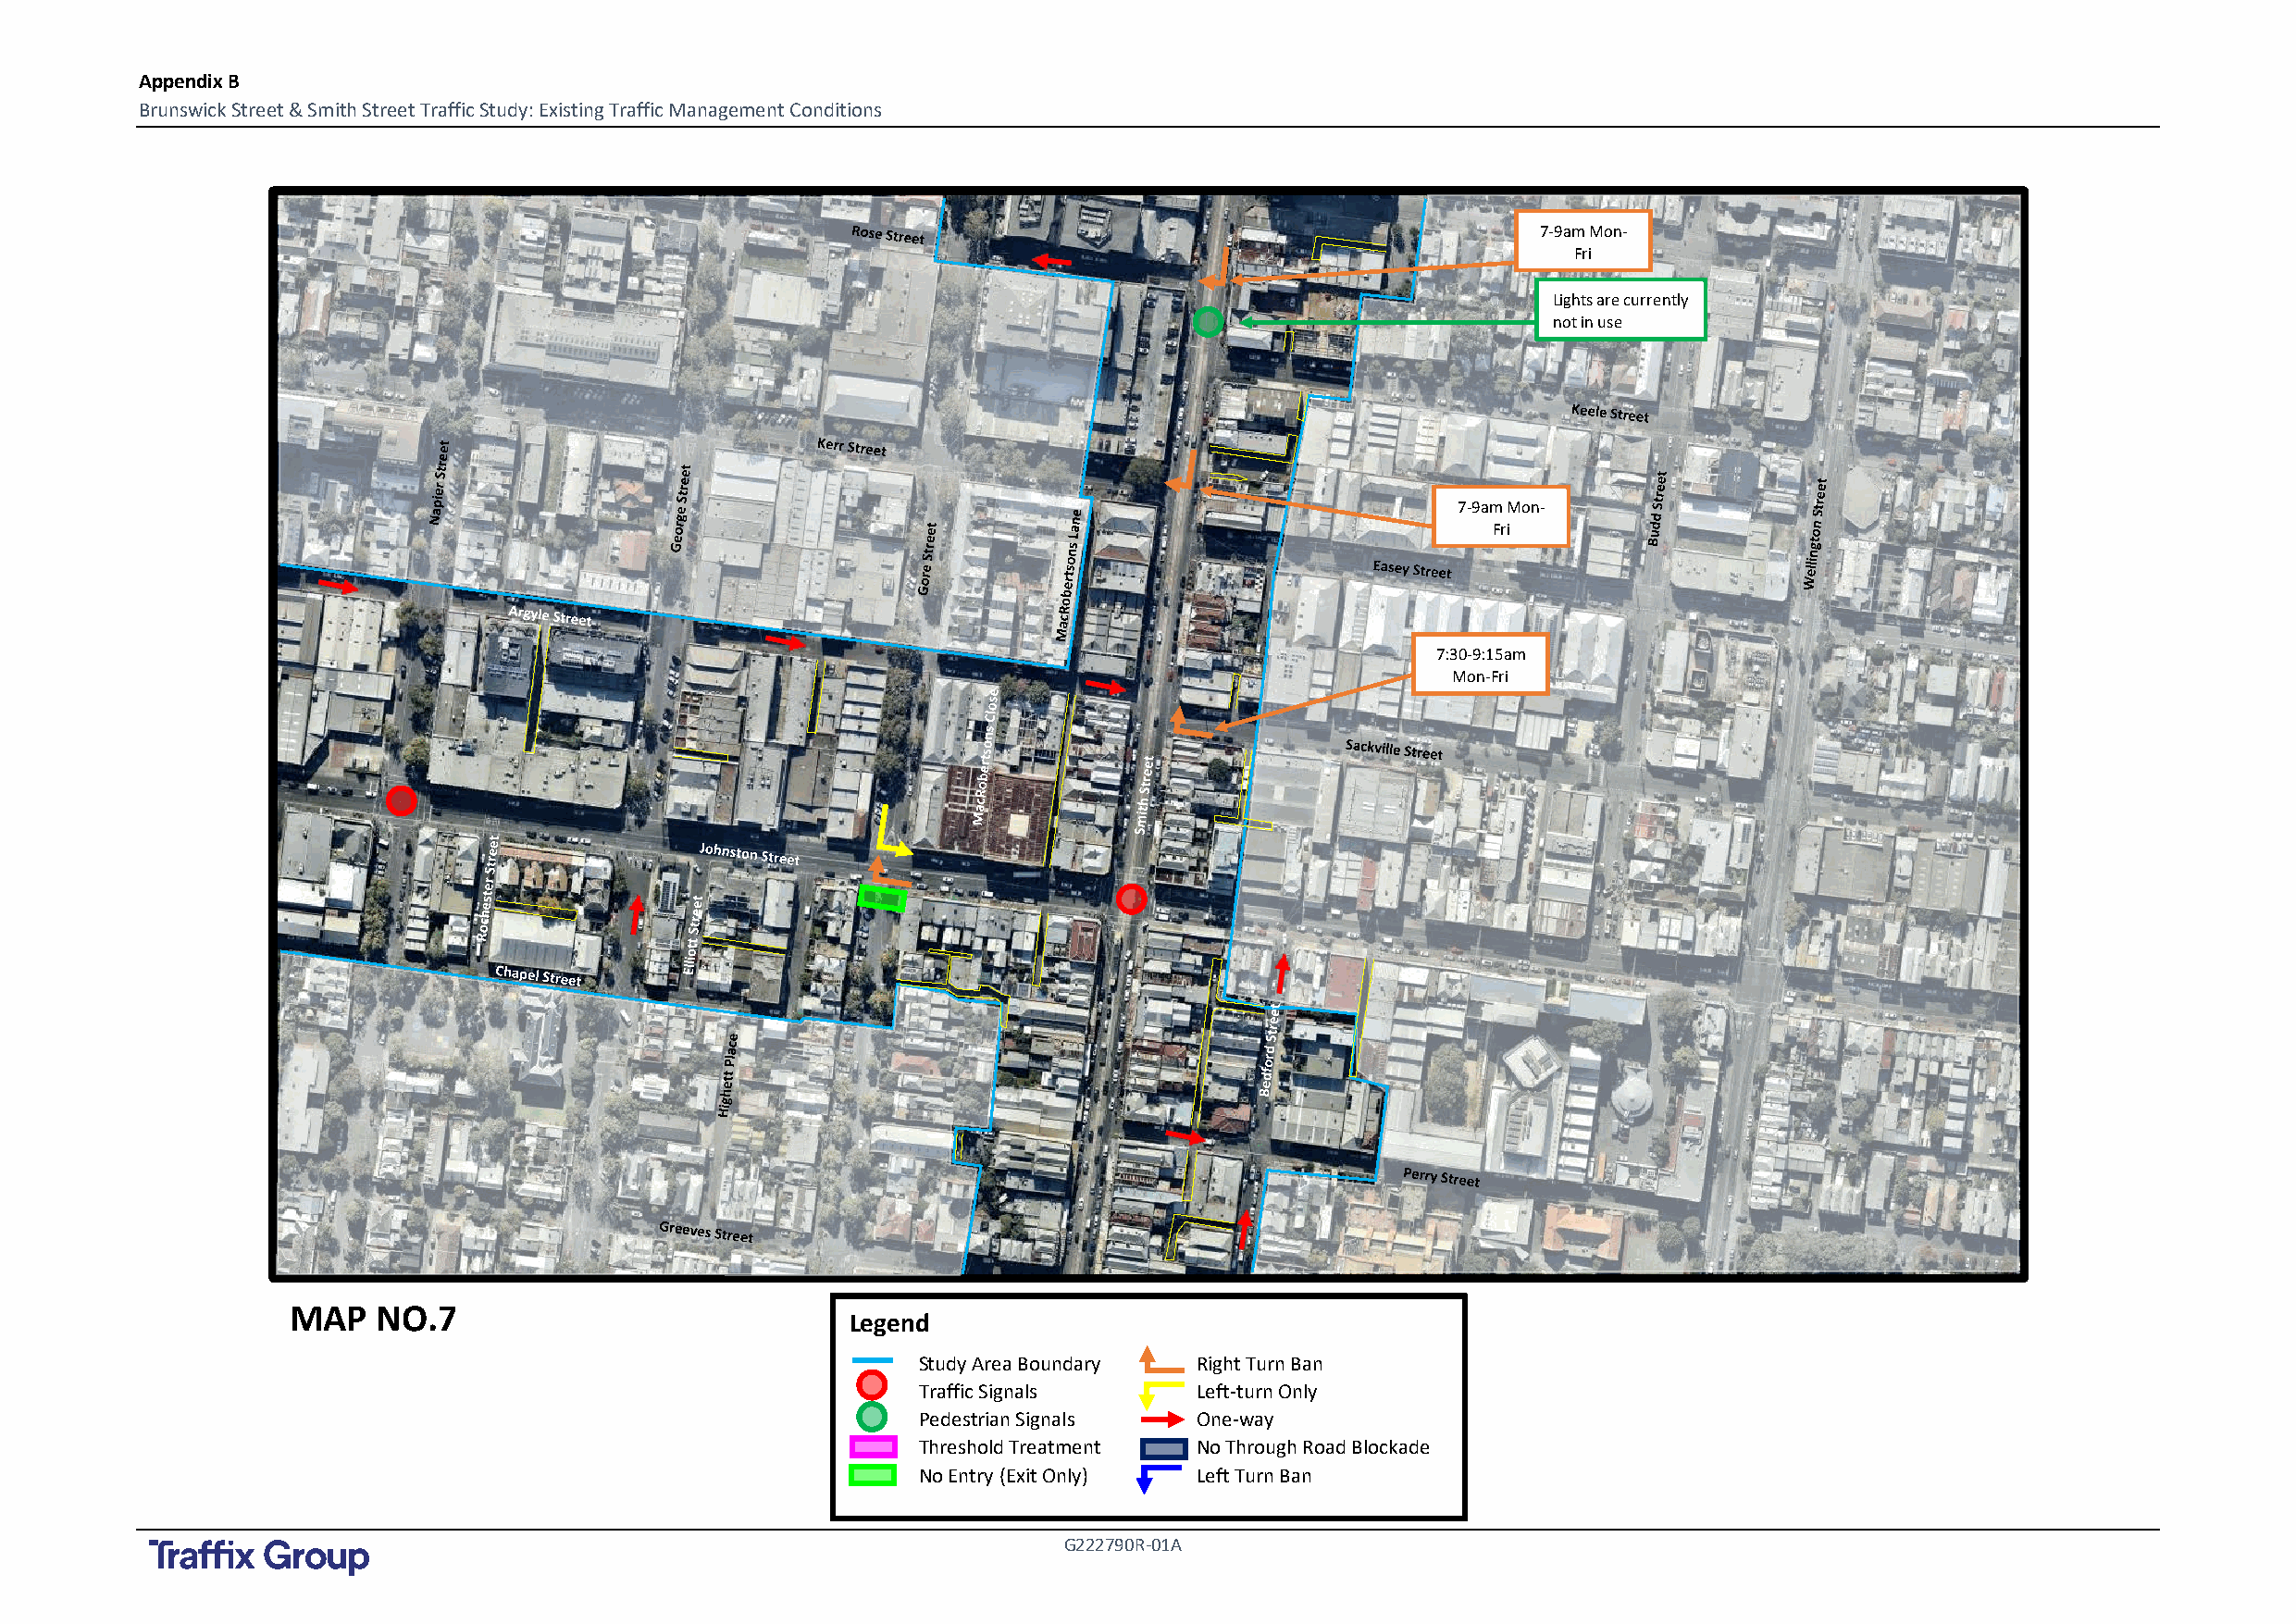
Appendix B
 Brunswick Street & Smith Street Traffic Study: Existing Traffic Management Conditions
 7-9am Mon-
 Fri
 Lights are currently
 not in use
 7-9am Mon-
 Fri
 7:30-9:15am
 Mon-Fri
 MAP   NO.7
 Legend
 Study Area Boundary Right Turn Ban
 Traffic Signals     Left-turn Only
 Pedestrian Signals  One-way
 Threshold Treatment No Through Road Blockade
 No Entry (Exit Only) Left Turn Ban
 G222790R-01A